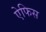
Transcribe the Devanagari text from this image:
ऐफिस